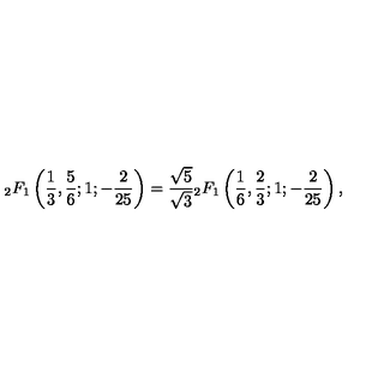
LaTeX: _ { 2 } F _ { 1 } \left( { \frac { 1 } { 3 } } , { \frac { 5 } { 6 } } ; 1 ; { - \frac { 2 } { 2 5 } } \right) = \frac { \sqrt { 5 } } { \sqrt { 3 } } { } _ { 2 } F _ { 1 } \left( { \frac { 1 } { 6 } } , { \frac { 2 } { 3 } } ; 1 ; { - \frac { 2 } { 2 5 } } \right) ,